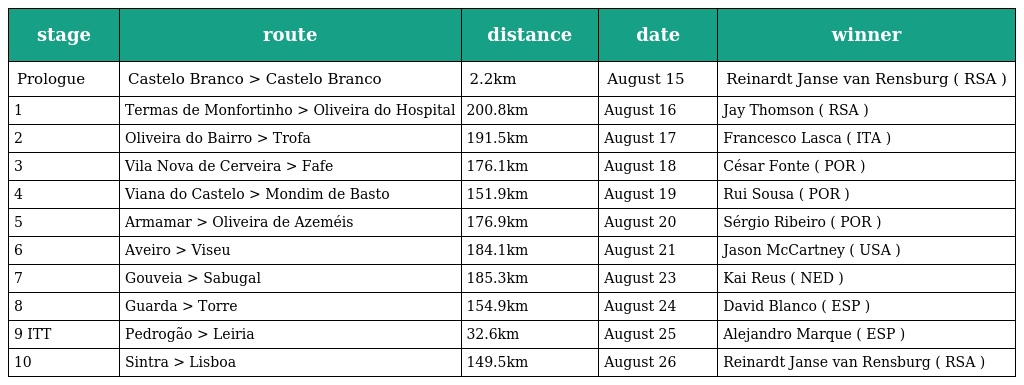
| stage | route | distance | date | winner |
 | --- | --- | --- | --- | --- |
 | Prologue | Castelo Branco > Castelo Branco | 2.2km | August 15 | Reinardt Janse van Rensburg ( RSA ) |
 | 1 | Termas de Monfortinho > Oliveira do Hospital | 200.8km | August 16 | Jay Thomson ( RSA ) |
 | 2 | Oliveira do Bairro > Trofa | 191.5km | August 17 | Francesco Lasca ( ITA ) |
 | 3 | Vila Nova de Cerveira > Fafe | 176.1km | August 18 | César Fonte ( POR ) |
 | 4 | Viana do Castelo > Mondim de Basto | 151.9km | August 19 | Rui Sousa ( POR ) |
 | 5 | Armamar > Oliveira de Azeméis | 176.9km | August 20 | Sérgio Ribeiro ( POR ) |
 | 6 | Aveiro > Viseu | 184.1km | August 21 | Jason McCartney ( USA ) |
 | 7 | Gouveia > Sabugal | 185.3km | August 23 | Kai Reus ( NED ) |
 | 8 | Guarda > Torre | 154.9km | August 24 | David Blanco ( ESP ) |
 | 9 ITT | Pedrogão > Leiria | 32.6km | August 25 | Alejandro Marque ( ESP ) |
 | 10 | Sintra > Lisboa | 149.5km | August 26 | Reinardt Janse van Rensburg ( RSA ) |